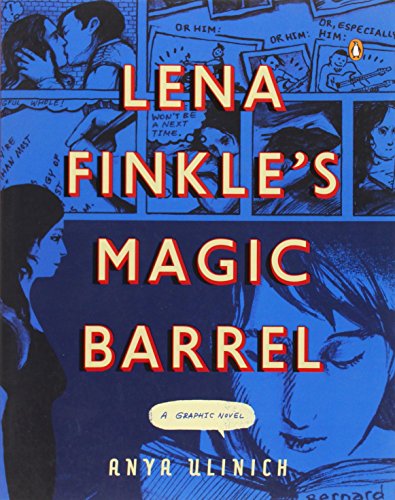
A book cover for Lena Finkle's Magic Barrel: A Graphic Novel; Anya Ulinich; Comics & Graphic Novels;